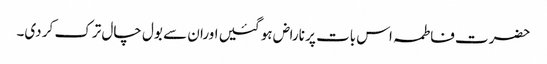
حضرت فاطمہ اس بات پر ناراض ہو گئیں اوران سے بول چال ترک کر دی۔